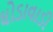
ઘોડાવાડી